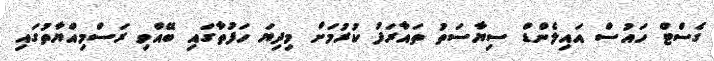
ގެސްޓް ހައުސް އައިލެންޑް ސިޔާސަތު ތައާރަފު ކުރުމަށް މިދިޔަ ހަފުތާގައި ބޭއްވި ރަސްމިއްޔާތުގައި